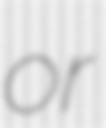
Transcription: or